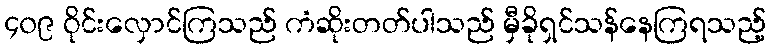
၄၀၉ ဝိုင်းလှောင်ကြသည် ကံဆိုးတတ်ပါသည် မှီခိုရှင်သန်နေကြရသည့်